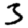
Digit: 3